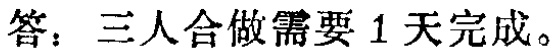
答：三人合做需要 1 天完成。